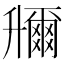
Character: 𠧌